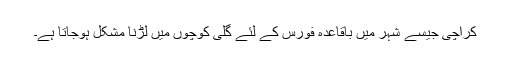
کراچی جیسے شہر میں باقاعدہ فورس کے لئے گلی کوچوں میں لڑنا مشکل ہوجاتا ہے۔